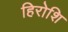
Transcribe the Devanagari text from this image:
हिरोशि